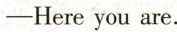
-Here you are.